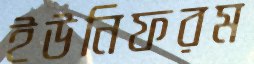
ইউনিফরম